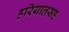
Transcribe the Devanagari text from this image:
हरियालसह